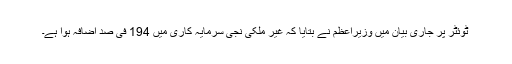
ٹوئٹر پر جاری بیان میں وزیراعظم نے بتایا کہ غیر ملکی نجی سرمایہ کاری میں 194 فی صد اضافہ ہوا ہے۔